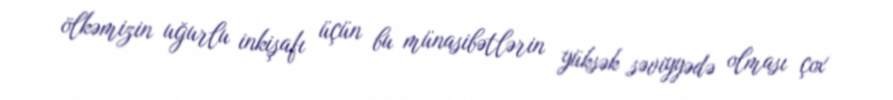
ölkəmizin uğurlu inkişafı üçün bu münasibətlərin yüksək səviyyədə olması çox